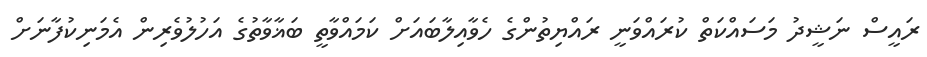
ރައީސް ނަޝީދު މަސައްކަތް ކުރައްވަނީ ރައްޔިތުންގެ ހެވާއިލާބައަށް ކަމައްވާތީ ބަޣާވާތުގެ އަހުލުވެރިން އެމަނިކުފާނަށް